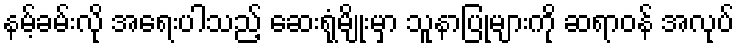
နမ့်ခမ်းလို အရေးပါသည့် ဆေးရုံမျိုးမှာ သူနာပြုများကို ဆရာဝန် အလုပ်